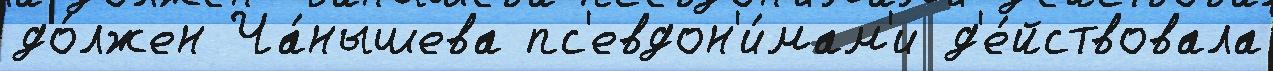
до́лжен Ча́нышева пс'евдон'и́мам'и д'е́йствовала